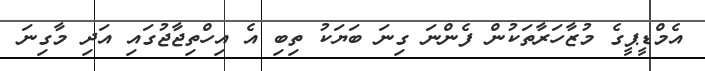
އެމްޑީޕީގެ މުޒާހަރާތަކުން ފެންނަ ގިނަ ބަޔަކު ތިބި އެ އިހްތިޖާޖުގައި އަދި މާގިނަ